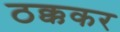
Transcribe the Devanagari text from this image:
ठक्ककर